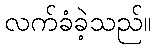
လက်ခံခဲ့သည်။